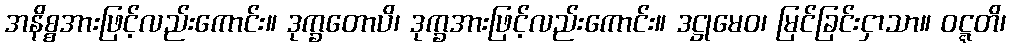
အနိစ္စအားဖြင့်လည်းကောင်း။ ဒုက္ခတောပိ၊ ဒုက္ခအားဖြင့်လည်းကောင်း။ ဒဋ္ဌုမေဝ၊ မြင်ခြင်းငှာသာ။ ဝဋ္ဋတိ၊